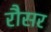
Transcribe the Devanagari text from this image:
रौसर